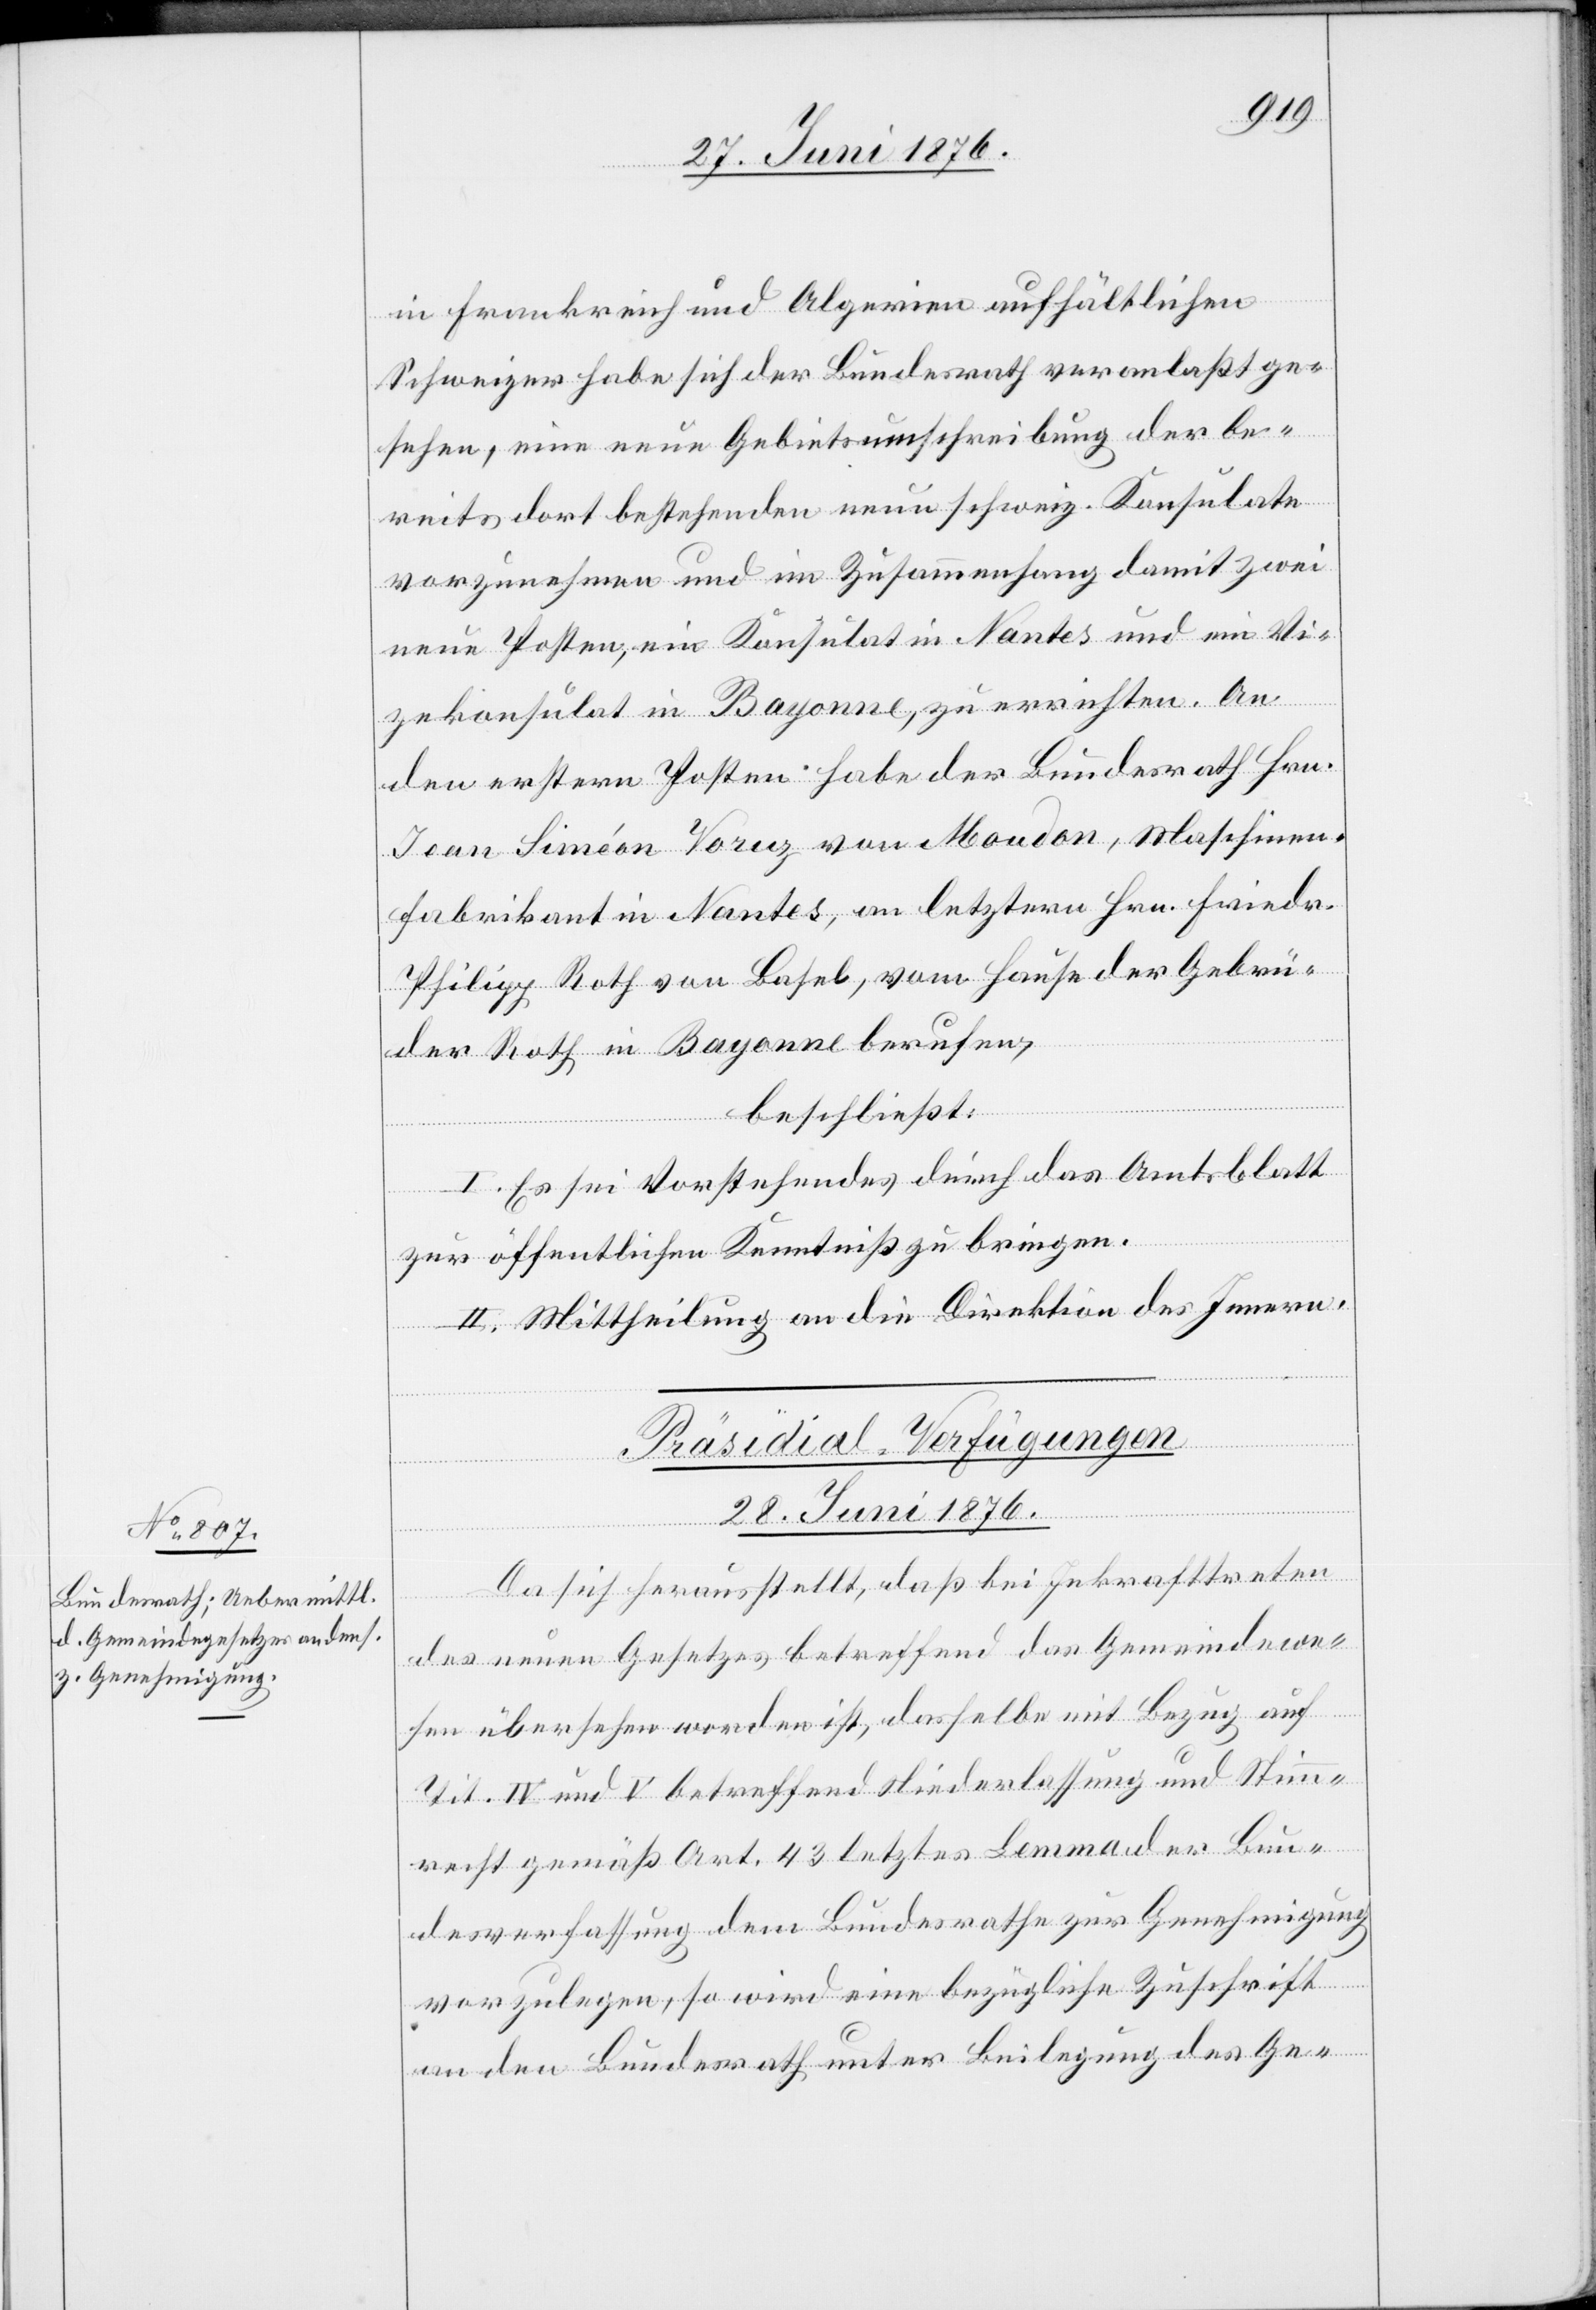
in Frankreich und Algerien aufhältlichen
Schweizer habe sich der Bundesrath veranlaßt ge¬
sehen, eine neue Gebietsumschreibung der be¬
reits dort bestehenden neuen schweiz. Konsulate
vorzunehmen und im Zusammenhang damit zwei
neue Posten, ein Konsulat in Nantes und ein Vi¬
zekonsulat in Bayonne, zu errichten. An
den ersten Posten habe der Bundesrath Hrn.
Jean Siméon Voruz von Mondon, Maschinen¬
fabrikant in Nantes, an letztern Hrn. Friedr.
Philipp Roth von Basel, vom Hause der Gebrü¬
der Roth in Bayonne berufen,
beschließt:
I. Es sei Vorstehendes durch das Amtsblatt
zur öffentlichen Kenntniß zu bringen.
II. Mittheilung an die Direktion des Innern.
Präsidial-Verfügungen
28. Juni 1876.
Da sich herausstellt, das bei Inkrafttreten
des neuen Gesetzes betreffend das Gemeindewe¬
sen übersehen worden ist, dasselbe mit Bezug auf
Tit. IV und V betreffend Niederlassung und Stimm¬
recht gemäß Art. 43 letztes Lemma der Bun¬
desverfassung dem Bundesrathe zur Genehmigung
vorzulegen, so wird eine bezügliche Zuschrift
an den Bundesrath unter Beilegung des Ge-